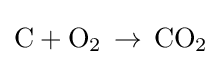
{\text{C}}+{\text{O}}_{2}\,\rightarrow \,{\text{CO}}_{2}